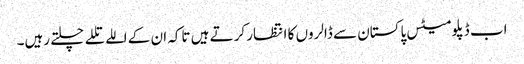
اب ڈپلومیٹس پاکستان سے ڈالروں کا انتظار کرتے ہیں تاکہ ان کے اللے تللے چلتے رہیں۔